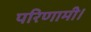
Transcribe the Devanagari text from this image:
परिणामी।